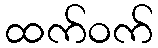
ထက်ဝက်